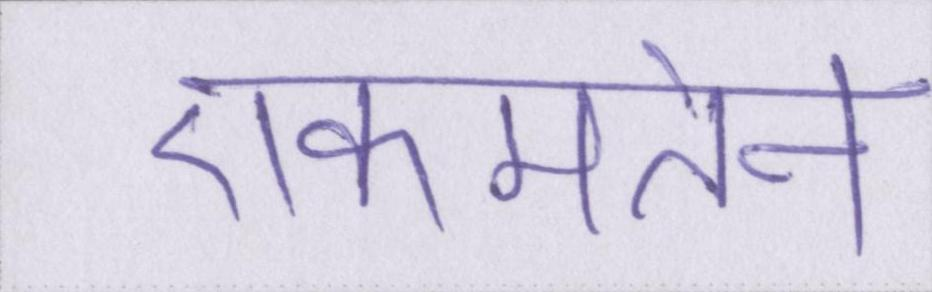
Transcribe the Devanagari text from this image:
एकमतेन